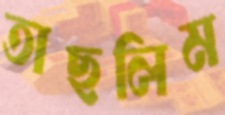
তাছলিম